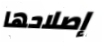
إصلاحها